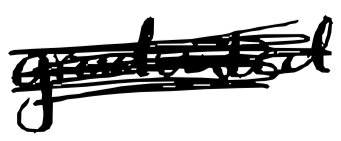
Text: graduated
Cross-out: scratch
Writing tool: digital_black